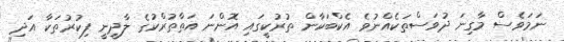
ނަމަވެސް މާގިނަ ދުވަސްތަކެއްނުވެ އެކްބަކާން ތުރުކީގައި އޮންނަ އަތާތުރްކުގެ ލާދީނީ ފިކުރުތަކާ އަދި